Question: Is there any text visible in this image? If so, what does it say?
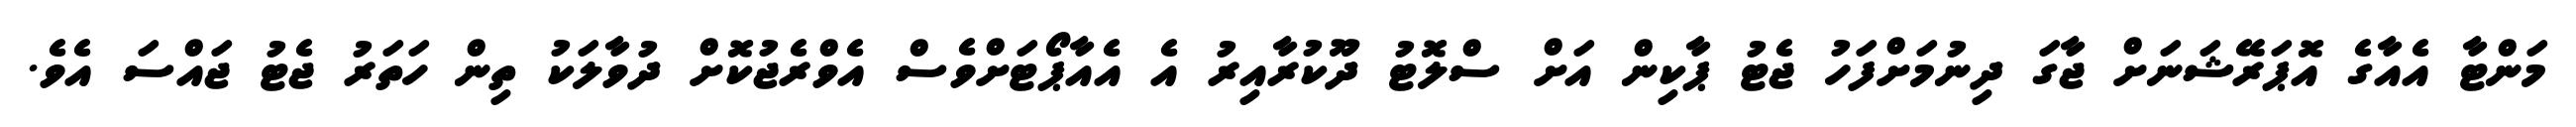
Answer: މަންޓާ އެއާގެ އޮޕަރޭޝަނަށް ޖާގަ ދިނުމަށްފަހު ޖެޓު ޕާކިން އަށް ސްލޮޓު ދޫކުރާއިރު އެ އެއާޕޯޓަށްވެސް އެވްރެޖުކޮށް ދުވާލަކު ތިން ހަތަރު ޖެޓު ޖައްސަ އެވެ.